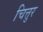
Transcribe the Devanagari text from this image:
चित्तुर